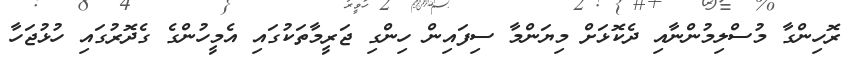
ރޮހިންގާ މުސްލިމުންނާއި ދެކޮޅަށް މިޔަންމާ ސިފައިން ހިންގި ޖަރީމާތަކުގައި އެމީހުންގެ ގެދޮރުގައި ހުޅުޖަހާ